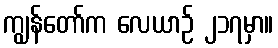
ကျွန်တော်က လေယာဉ် ၂၁၇မှာ။